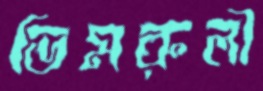
ভিমরুলী